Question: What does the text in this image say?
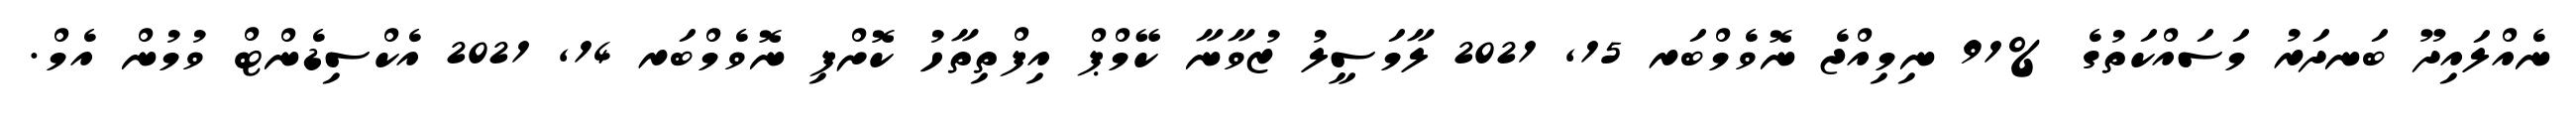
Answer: ނެއްލައިދޫ ބަނދަރު މަސައްކަތުގެ %91 ނިމިއްޖެ ނޮވެމްބަރ 15, 2021 ލާމަސީލު ޒުވާނާ ކޭމްޕް އިފްތިތާހު ކޮށްފި ނޮވެމްބަރ 14, 2021 އެކްސިޑެންޓް ވުމުން އެމް.